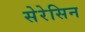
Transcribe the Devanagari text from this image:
सेरेसिन